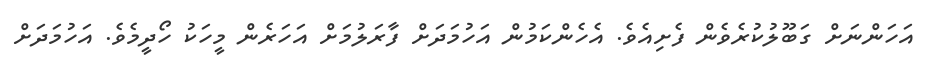
އަހަންނަށް ގަބޫލުކުރެވެން ފެށިއެވެ. އެހެންކަމުން އަހުމަދަށް ފާރަލުމަށް އަހަރެން މީހަކު ހޯދީމެވެ. އަހުމަދަށް